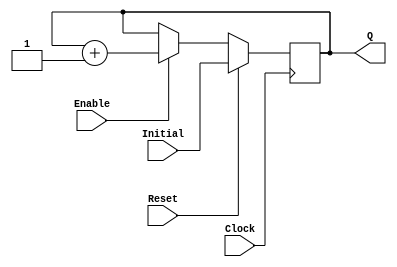
`timescale 1ns / 1ps
`define STATE_RESET 0
`define STATE_POWERON_INIT_0 1
`define STATE_POWERON_INIT_1 2
`define STATE_POWERON_INIT_2 3
`define STATE_POWERON_INIT_3 4
`define STATE_POWERON_INIT_4 5
`define STATE_POWERON_INIT_5 6
`define STATE_POWERON_INIT_6 7
`define STATE_POWERON_INIT_7 8
`define STATE_POWERON_INIT_8 9
`define STATE_DISPLAY_CONFIG_0 10
`define STATE_DISPLAY_CONFIG_1 11
`define STATE_DISPLAY_CONFIG_2 12
`define STATE_DISPLAY_CONFIG_3 13
`define STATE_DISPLAY_CONFIG_4 14
`define STATE_DISPLAY_CONFIG_5 15
`define STATE_DISPLAY_CONFIG_6 16
`define STATE_DISPLAY_CONFIG_7 17
`define STATE_DISPLAY_CONFIG_8 18
`define STATE_DISPLAY_CONFIG_9 19
`define STATE_DISPLAY_CONFIG_10 20
`define STATE_DISPLAY_CONFIG_11 21
`define STATE_DISPLAY_CONFIG_12 22
`define STATE_DISPLAY_CONFIG_13 23
`define STATE_DISPLAY_CONFIG_14 24
`define STATE_DISPLAY_CONFIG_15 25
//`define STATE_DISPLAY_IDLE 26
`define STATE_DISPLAY_WRITE_0 27
`define STATE_DISPLAY_WRITE_1 28
`define STATE_DISPLAY_WRITE_2 29
`define STATE_DISPLAY_WRITE_3 30
`define STATE_DISPLAY_WRITE_4 31
`define STATE_DISPLAY_WRITE_5 32
`define STATE_DISPLAY_WRITE_6 33
`define STATE_DISPLAY_WRITE_7 34



//------------------------------------------------
module UPCOUNTER_POSEDGE # (parameter SIZE=16)
(
input wire Clock, Reset,
input wire [SIZE-1:0] Initial,
input wire Enable,
output reg [SIZE-1:0] Q
);


  always @(posedge Clock )
  begin
      if (Reset)
        Q = Initial;
      else
		begin
		if (Enable)
			Q = Q + 1;
			
		end			
  end

endmodule

//------------------------------------------------
module UPCOUNTER_ASYNC # (parameter SIZE=16)
(
input wire Clock, Reset,
input wire [SIZE-1:0] Initial,
input wire Enable,
output reg [SIZE-1:0] Q
);


  always @(posedge Clock or posedge Reset )
  begin
      if (Reset)
        Q = Initial;
      else
		begin
		if (Enable)
			Q = Q + 1;
			
		end			
  end

endmodule

//----------------------------------------------------
module mux (in0,in1,in2,in3, sel, out);
	input wire [7:0] in0,in1,in2,in3;
	input wire [1:0] sel;
	output reg [7:0] out;
	always @ (*)
		begin
			case (sel)
				0: out<=in0;
				1: out<=in1;
				2: out<=in2;
				3: out<=in3;
				default: out<=0;
			endcase
		end
endmodule
//----------------------------------------------------
module FFD_POSEDGE_SYNCRONOUS_RESET # ( parameter SIZE=8 )
(
	input wire				Clock,
	input wire				Reset,
	input wire				Enable,
	input wire [SIZE-1:0]	D,
	output reg [SIZE-1:0]	Q
);
	

always @ (posedge Clock) 
begin
	if ( Reset )
		Q <= 0;
	else
	begin	
		if (Enable) 
			Q <= D; 
	end	
 
end//always

endmodule


//----------------------------------------------------------------------

module FULL_ADDER  # (parameter SIZE=4)
(
	input wire[SIZE-1:0] wA,
	input wire[SIZE-1:0] wB,
	input wire wCi,
	output wire [SIZE-1:0] wR ,
	output wire wCo
);

	assign {wCo,wR} = wA + wB + wCi;
endmodule


//----------------------------------------------------------------------

module arrayMUL
(
	input wire [3:0] A,
	input wire [3:0] B,
	output reg [7:0] out
);

reg rC1, rC2, rC3; //registros para los llevos
reg [2:0] rT1, rT2; //registros temporales

always @ (*) begin

//R0
out[0] =A[0] & B[0];
//R1
{rC1, out[1]} = (A[0] & B[1]) + (A[1] & B[0]);
//R2
{rC1, rT1[0]} = (A[2] & B[0]) + (A[1] & B[1]) + rC1;
{rC2, out[2]} = (A[0] & B[2]) + rT1[0];
//R3
{rC1, rT1[1]} = (A[3] & B[0]) + (A[2] & B[1]) + rC1;
{rC2, rT2[0]} = (A[1] & B[2]) + rT1[1] + rC2;
{rC3, out[3]} = (A[0] & B[3]) + rT2[0];
//R4
{rC1, rT1[2]} = (A[3] & B[1]) + rC1;
{rC2, rT2[1]} = (A[2] & B[2]) + rT1[2] + rC2;
{rC3, out[4]} = (A[1] & B[3]) + rT2[1] + rC3;
//R5
{rC2, rT2[2]} = (A[3] & B[2]) + rC2 + rC1;
{rC3, out[5]} = (A[2] & B[3]) + rT2[2] + rC3;
//R6 y R7.
{out[7], out[6]} = (A[3] & B[3]) + rC2 + rC3;

end 
endmodule

//----------------------------------------------------------------------
module muxMUL (ia,ib,o);

	input wire [3:0] ib,ia;	
	output [7:0] o;

	wire [7:0] iaR,iaRA;
	wire [7:0] o0,o1;
	wire [7:0] o1R ;	
	
	assign iaR=ia<<1; // A desplazado0 una posicion a la izquierda
	assign iaRA=iaR+ia; // A desplazado una posicion a la izquierda mas A

	mux mux0 (.in0(8'b0),.in1({4'b0,ia}),.in2(iaR),.in3(iaRA),.sel({ib[1],ib[0]}),.out(o0)); 
	mux mux1 (.in0(8'b0),.in1({4'b0,ia}),.in2(iaR),.in3(iaRA),.sel({ib[3],ib[2]}),.out(o1)); 

	assign o1R=o1<<2; // Salida desplazada 2 posiciones a la izquierda

	assign o = o0+o1R; 
endmodule

//----------------------------------------------------------------------

module arrayMUL_GEN # (parameter SIZE = 16)(
input wire [SIZE-1:0] A,B,
output wire [(2*SIZE)-1:0] R
);

wire [(SIZE-2):0]  wCarry[SIZE:0];
wire [(SIZE-2):0] wResult[(SIZE-1):0];
wire [(SIZE-2):0] wInput1[(SIZE-1):0];
wire [(SIZE-2):0] wInput2[(SIZE-1):0];

assign wInput2[SIZE-1][0]= 1'b0;
genvar CurrentRow, CurrentCol;

generate
	for ( CurrentCol = 0; CurrentCol < (SIZE-1); CurrentCol = CurrentCol + 1)
		begin : MUL_COL
		for ( CurrentRow =0; CurrentRow < (SIZE-2); CurrentRow = CurrentRow + 1)
			begin : MUL_ROW
			assign wInput1[CurrentCol][CurrentRow]= A[CurrentCol] & B[CurrentRow+1];
			if(CurrentCol==0)
				begin 
					assign wCarry[0][CurrentRow]=1'b0;
				end
			if(CurrentRow==0 && CurrentCol!=SIZE-1)
				begin 
					assign wInput2[CurrentCol][0]= A[CurrentCol+1] & B[CurrentRow];
				end
			else if(CurrentCol==(SIZE-1))
				begin
					assign wInput2[CurrentCol][CurrentRow]=wCarry[CurrentCol +1][CurrentRow-1];
				end 
			else
				begin
					assign wInput2[CurrentCol][CurrentRow]= wResult[CurrentCol+1][CurrentRow-1];
				end	
				
			FULL_ADDER # (1) add
			(

				.wA(wInput1 [CurrentCol][CurrentRow]),

				.wB(wInput2[CurrentCol][CurrentRow]),

				.wCi(wCarry[CurrentCol][CurrentRow]),

				.wCo(wCarry[CurrentCol +1 ][CurrentRow]),
				.wR (wResult[CurrentCol][CurrentRow])
			);
		end
	end
endgenerate


wire wR0 = A[0] & B [0];
assign  R = {wResult[0], wR0};

endmodule

/*
module arrayMUL_GEN # (parameter SIZE = 4)(
	input wire [SIZE-1:0] A,B,
	output wire [(2*SIZE)-1:0] R
);

wire[(SIZE-1):0] wCarry[(SIZE-1):0];
//wire[(SIZE-1):0] iResult[(SIZE-1):0];
wire iResult[(SIZE-1):0]; 


assign R[0] = A[0] & B[0] ;
//genvar CurrentRow, CurrentCol;
genvar i,j;


wire[SIZE-1:0] twCi; //temporal para wCi
assign twCi[0] = 1'b0; 

generate
	for (i = 0; i <= 0; i = i + 1 )
	 begin
			for(j = 0; j < (SIZE-1); j = j +1 )
			begin
				
				if (j != 0)
					assign twCi[j] = wCarry[j-1][i];
				
				
				FULL_ADDER # (1) add
				(	
					.wA(A[j+1]&B[i]),
					.wB(A[j]&B[i+1]),
					.wCo(wCarry[j+1][i]),
					.wR(iResult[j+1]),
					.wCi(twCi[j])
				);
				end //for j
		end //for i		
endgenerate
//assign R = {wCarry[2][3],iResult[2][3],iResult[2][2],iResult[2][1],
		//	iResult[2][0],iResult[1][0],iResult[0][0], A[0]&B[0]};

endmodule
*/                                                         
//----------------------------------------------------------------------

module multiplicador4bits(
input wire [3:0] iMultiplicador,
input wire [7:0] iMultiplicando,
output reg [7:0] oResult );

always @(*)
case(iMultiplicador)
	0:oResult=0;
	1:oResult=iMultiplicando;
   2:oResult=iMultiplicando<<1;
	3:oResult=(iMultiplicando<<1) +iMultiplicando;
	4:oResult=(iMultiplicando<<2);
	5:oResult=(iMultiplicando<<2)+iMultiplicando;
	6:oResult=(iMultiplicando<<2)+(iMultiplicando<<1);
	7:oResult=(iMultiplicando<<2)+(iMultiplicando<<1)+iMultiplicando;
	8:oResult=iMultiplicando<<3;
	9:oResult=(iMultiplicando<<3)+iMultiplicando;
	10:oResult=(iMultiplicando<<3)+(iMultiplicando<<1);
	11:oResult=(iMultiplicando<<3)+(iMultiplicando<<1)+iMultiplicando;
   12:oResult=(iMultiplicando<<3)+(iMultiplicando<<2);
	13:oResult=(iMultiplicando<<3)+(iMultiplicando<<2)+ iMultiplicando;
  14:oResult=(iMultiplicando<<3)+(iMultiplicando<<2)+ (iMultiplicando<<1);
  15:oResult=(iMultiplicando<<3)+(iMultiplicando<<2)+ (iMultiplicando<<1) + iMultiplicando;

endcase
endmodule

module VGA_Controller_Josue #  ( parameter RESOL_X = 256, parameter RESOL_Y = 256)
(Clock25, Reset, iRGB, H_Sync, V_Sync, oRGB, Cont_X, Cont_Y);
   input  wire      Clock25, Reset;
   input  wire      [2:0] iRGB;// iColorCuadro;
   output wire 	  H_Sync, V_Sync;
   output wire	     [2:0] oRGB;
   output wire      [9:0] Cont_X, Cont_Y;


localparam FRAME_WIDTH_X = (270+48);	//Width + Front Porch
localparam FRAME_WIDTH_Y = (190+29);	//Width + Front Porch



wire iR, iG, iB;
wire oR, oG, oB;
wire [2:0] wMarco; //, wCuadro;
wire [2:0] wColorSelectionVGA;

assign wColorSelectionVGA = {iR, iG, iB};



assign iR = iRGB[2];
assign iG = iRGB[1];
assign iB = iRGB[0];
assign oRGB = {oR, oG, oB};

assign H_Sync = (Cont_X < 704) ? 1'b1 : 1'b0;
assign V_Sync = (Cont_Y < 519) ? 1'b1 : 1'b0;

//Marco negro con Imagen de 640*480
wire wNotInFrame;
assign wNotInFrame = ( 
								   (Cont_X < FRAME_WIDTH_X || Cont_X > FRAME_WIDTH_X + 100) //Not in X
								|| (Cont_Y < FRAME_WIDTH_Y || Cont_Y > FRAME_WIDTH_Y + 100)
							);

assign {oR, oG, oB} = wNotInFrame ?  3'b0 :  wColorSelectionVGA;
  
UPCOUNTER_POSEDGE # (10) HORIZONTAL_COUNTER
(
.Clock	(   Clock25   ), 
.Reset	( (Cont_X > 799) || Reset ),
.Initial	( 10'b0  ),
.Enable	(  1'b1	),
.Q			(	Cont_X  )
);

UPCOUNTER_POSEDGE # (10) VERTICAL_COUNTER
(
.Clock	( Clock25   ), 
.Reset	( (Cont_Y > 520) || Reset ),
.Initial	( 10'b0		),	
.Enable	( (Cont_X == 799) ? 1'b1:1'b0	),
.Q			( Cont_Y   )
);
   
endmodule


























module VGA_controller
  (
    input wire pixel_Clock, // 50 MHz
    input wire pixel_reset,
	 input wire pre_reset,
    output reg oVGA_HSYNC,
    output reg oVGA_VSYNC,
    output wire[2:0] oVGA_RGB
  );
	
	wire[9:0] wHorizontal_counter; 
	wire[9:0] wVertical_counter;
	
	
	assign oVGA_RGB = {1'b1, 1'b0, 1'b0 }; 
	reg fila_final, columna_final;

	//contadores de filas y columnas
	UPCOUNTER_POSEDGE # ( 10 ) contador_columnas (
		.Clock(   pixel_Clock ), 
		.Reset(   pixel_reset | columna_final ), // 
		.Initial( 10'b0  ),
		.Enable(  1'b1    ),
		.Q(       wHorizontal_counter)
	);

	UPCOUNTER_POSEDGE # ( 10 ) contador_filas (
		.Clock(   pixel_Clock ), 
		.Reset(   pixel_reset | fila_final ),
		.Initial( 10'b0  ),
		.Enable(  columna_final    ),
		.Q(       wVertical_counter)
	);
	
	always @ (posedge pixel_Clock)
	
		if(pixel_reset)
			begin
				columna_final <= 1'b0;
				fila_final <= 1'b0;
				oVGA_VSYNC = 1'b1;
				oVGA_HSYNC = 1'b1;
			end
		else
		begin

			//columnas
			if(wHorizontal_counter == 10'd481) //ultima columna 640+160 10'd799
				begin
					columna_final <= 1'b1;
					oVGA_HSYNC = 1'b1;
				end
			
			else if (wHorizontal_counter > 10'd16 && wHorizontal_counter < 10'd112 ) //655 & 751
				begin
					columna_final <= 1'b0;
					oVGA_HSYNC = 1'b0;
				end
			
			else
				begin
					columna_final <= 1'b0;
					oVGA_HSYNC = 1'b1;
				end
			
			//filas
			if(wVertical_counter == 10'd282) //521
				begin
					fila_final <= 1'b1;
					oVGA_VSYNC = 1'b1;
				end
			
			else if (wVertical_counter > 10'd10 && wVertical_counter < 10'd12 ) //490 & 492
				begin
					fila_final <= 1'b0;
					oVGA_VSYNC = 1'b0;
				end
			
			else
				begin
					fila_final <= 1'b0;
					oVGA_VSYNC = 1'b1;
				end		
		end
endmodule		

module shl
  (
	 input wire Clock,
    input wire [7:0] iRegistro,
    input wire [3:0] iBits_a_correr,
    output reg [7:0] oRegistro_corrido
  );
  always @(posedge Clock)
    case(iBits_a_correr)
      0: oRegistro_corrido <= iRegistro;
      1: oRegistro_corrido <= iRegistro << 1;
      2: oRegistro_corrido <= iRegistro << 2;
      3: oRegistro_corrido <= iRegistro << 3;
      4: oRegistro_corrido <= iRegistro << 4;
      5: oRegistro_corrido <= iRegistro << 5;
      6: oRegistro_corrido <= iRegistro << 6;
      7: oRegistro_corrido <= iRegistro << 7;
	endcase
endmodule

/////////////////////////////////////////
module VGA_controller_A7
(
	input wire				Clock_lento,
	input wire 				Reset,
	input wire  [2:0]		iVGA_RGB,
//	input wire  [2:0]		iColorCuadro,
//	input wire  [7:0]		iXRedCounter,
//	input wire  [7:0]		iYRedCounter,
	output wire [2:0]		oVGA_RGB,
	output wire				oHsync,
	output wire				oVsync,
	output wire [9:0]		oVcounter,
	output wire [9:0]		oHcounter
);
wire iVGA_R, iVGA_G, iVGA_B;
wire oVGA_R, oVGA_G, oVGA_B;
wire wEndline;
wire [3:0] wMarco; //, wCuadro;
//wire [2:0] wVGAOutputSelection;

assign wMarco = 3'b0;
//assign wCuadro = 3'b100;
//assign wVGAOutputSelection = ( ((oHcounter >= iXRedCounter + 10'd240) && (oHcounter <= iXRedCounter + 10'd240 + 10'd32)) &&
//										 ((oVcounter >= iYRedCounter + 10'd141) && (oVcounter <= iYRedCounter + 10'd141 + 8'd32))) ?
	//									iColorCuadro : {iVGA_R, iVGA_G, iVGA_B};

assign iVGA_R = iVGA_RGB[2];
assign iVGA_G = iVGA_RGB[1];
assign iVGA_B = iVGA_RGB[0];
assign oVGA_RGB = {oVGA_R, oVGA_G, oVGA_B};

assign oHsync = (oHcounter < 704) ? 1'b1 : 1'b0;
assign wEndline = (oHcounter == 799);
assign oVsync = (oVcounter < 519) ? 1'b1 : 1'b0;

// Marco negro e imagen de 256*256
//assign {oVGA_R, oVGA_G, oVGA_B} = (oVcounter < 141 || oVcounter >= 397 || 
					//  oHcounter < 240 || oHcounter > 496) ? 
					 // wMarco : wVGAOutputSelection;
assign {oVGA_R, oVGA_G, oVGA_B} = 3'b101;

UPCOUNTER_POSEDGE # (10) HORIZONTAL_COUNTER
(
.Clock	(   Clock_lento   ), 
.Reset	( (oHcounter > 799) || Reset 		),
.Initial	( 10'b0  			),
.Enable	(  1'b1				),
.Q			(	oHcounter      )
);

UPCOUNTER_POSEDGE # (10) VERTICAL_COUNTER
(
.Clock	( Clock_lento    ), 
.Reset	( (oVcounter > 520) || Reset ),
.Initial	( 10'b0  			),	
.Enable	( wEndline            ),
.Q			( oVcounter      )
);

endmodule